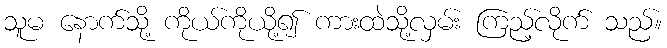
သူမ နောက်သို့ ကိုယ်ကိုယို့၍ ကားထဲသို့လှမ်း ကြည့်လိုက် သည်။